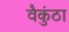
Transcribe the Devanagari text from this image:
वैकुंठा